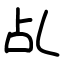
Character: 乩